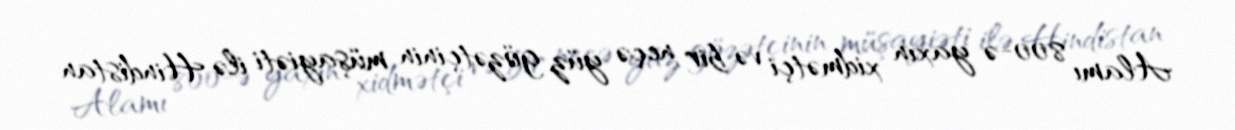
Alamı 800-ə yaxın xidmətçi və bir neçə yüz gözətçinin müşayiəti ilə Hindistan